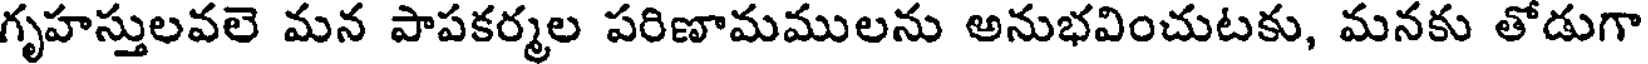
గృహస్తులవలె మన పాపకర్మల పరిణామములను అనుభవించుటకు, మనకు తోడుగా